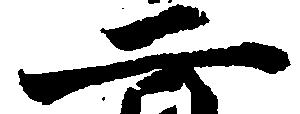
二